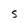
Character: S